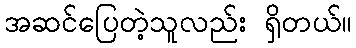
အဆင်ပြေတဲ့သူလည်း ရှိတယ်။